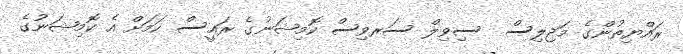
ރައްޔިތުންގެ މަޖިލިސް  ސިވިލް ސަރވިސް ކޮމިޝަނުގެ ރައީސް ކަމަށް އެ ކޮމިޝަނުގެ